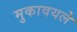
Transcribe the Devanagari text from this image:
मुकावयले